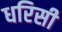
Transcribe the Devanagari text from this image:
धरिसी